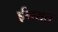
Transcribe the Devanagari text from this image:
ईश्वरात